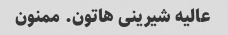
عالیه شیرینی هاتون. ممنون